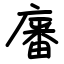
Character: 㢖